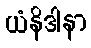
ယံနိဒါနာ